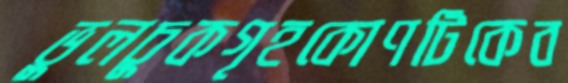
ভুলচুকগৃহকোণটিকেব